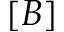
[ B ]